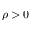
\rho > 0